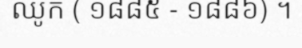
ឈូក ( ១៨៨៥ - ១៨៨៦) ។